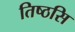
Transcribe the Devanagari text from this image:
तिष्ठसि